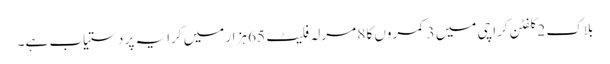
بلاک 2 کلفٹن کراچی میں 3 کمروں کا 8 مرلہ فلیٹ 65 ہزار میں کرایہ پر دستیاب ہے۔